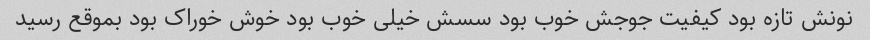
نونش تازه بود کیفیت جوجش خوب بود سسش خیلی خوب بود خوش خوراک بود بموقع رسید